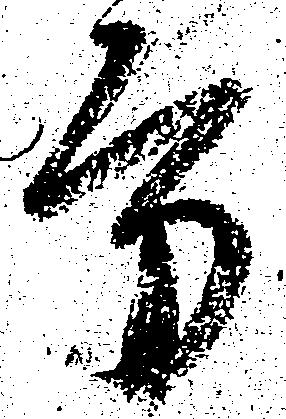
方